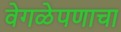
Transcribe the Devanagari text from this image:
वेगळेपणाचा